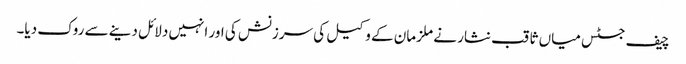
چیف جسٹس میاں ثاقب نثار نے ملزمان کے وکیل کی سرزنش کی اور انہیں دلائل دینے سے روک دیا۔